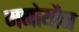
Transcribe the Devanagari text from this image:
मनोयौन